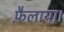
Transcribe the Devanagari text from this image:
फ़ैलाया।